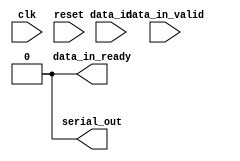
module uart_transmitter #(
    parameter CLOCK_FREQ = 125_000_000,
    parameter BAUD_RATE = 115_200)
(
    input clk,
    input reset,

    input [7:0] data_in,
    input data_in_valid,
    output data_in_ready,

    output serial_out
);
    // See diagram in the lab guide
    localparam  SYMBOL_EDGE_TIME    =   CLOCK_FREQ / BAUD_RATE;
    localparam  CLOCK_COUNTER_WIDTH =   $clog2(SYMBOL_EDGE_TIME);

    // Remove these assignments when implementing this module
    assign serial_out = 1'b0;
    assign data_in_ready = 1'b0;
endmodule